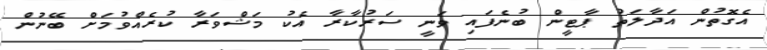
އެގޮތުން އަދާލަތު ޕާޓީން ބުނެފައި ވަނީ ސަރުކާރާ އެކު މަޝްވަރާ ކުރެއްވުމަށް ބޭނުން